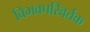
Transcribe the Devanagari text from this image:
विभवपरिवर्तक